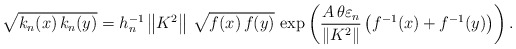
\begin{align*}\sqrt{k_{n}(x)\,k_{n}(y)}=h_{n}^{-1}\left\| K^{2}\right\| \,\sqrt{f(x)\,f(y)}\,\exp \left( \frac{A\,\theta \varepsilon _{n}}{\left\| K^{2}\right\| }\left( f^{-1}(x)+f^{-1}(y)\right) \right) . \end{align*}